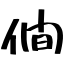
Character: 僴